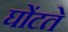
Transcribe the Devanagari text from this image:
घोंटते